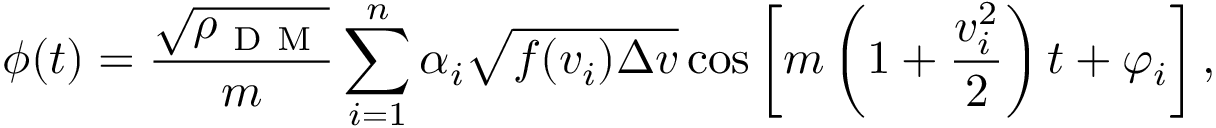
\phi ( t ) = \frac { \sqrt { \rho _ { \mathrm { ~ D ~ M ~ } } } } { m } \sum _ { i = 1 } ^ { n } \alpha _ { i } \sqrt { f ( v _ { i } ) \Delta v } \cos \left[ m \left( 1 + \frac { v _ { i } ^ { 2 } } { 2 } \right) t + \varphi _ { i } \right] ,